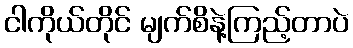
ငါကိုယ်တိုင် မျက်စိနဲ့ကြည့်တာပဲ